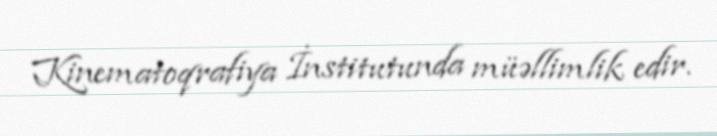
Kinematoqrafiya İnstitutunda müəllimlik edir.